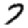
Digit: 7